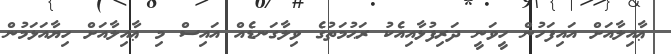
ޢާއިލާއަށް އައިފަހުން ހީވަނީ ދަރިފުޅާއިއެކު ރަޙުމަތުގެ ވިލާގަނޑެއް އައިސް މި ޢާއިލާއަށް ހިޔާއަޅަމުން